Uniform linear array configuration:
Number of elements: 16
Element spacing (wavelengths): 0.25
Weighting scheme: cosine
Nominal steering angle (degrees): -30
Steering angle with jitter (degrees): -28.269
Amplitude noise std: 0.05
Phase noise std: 0.05

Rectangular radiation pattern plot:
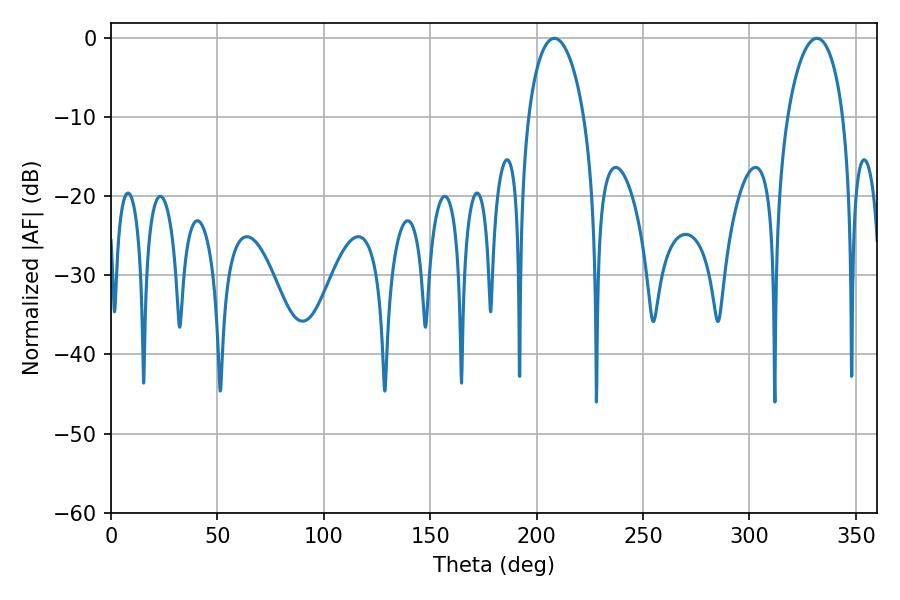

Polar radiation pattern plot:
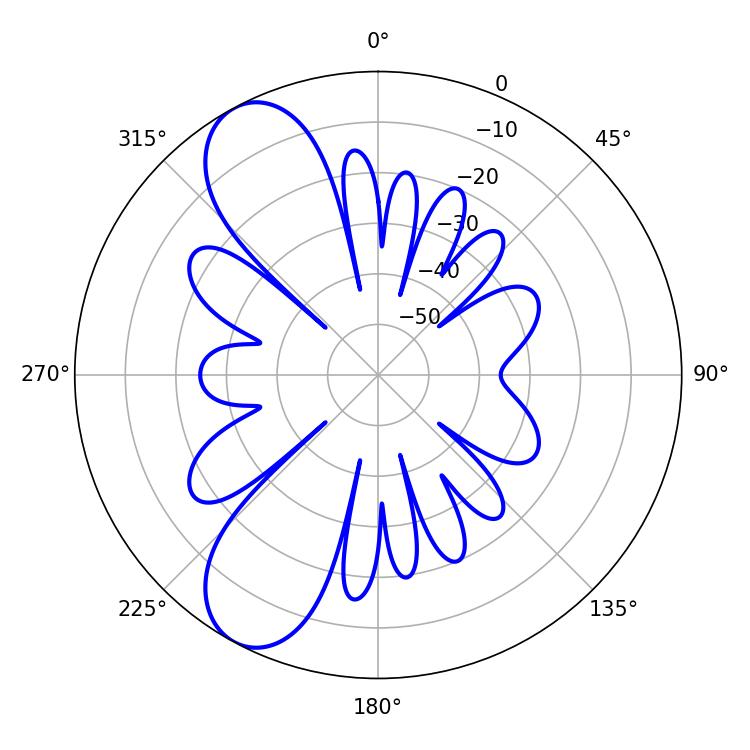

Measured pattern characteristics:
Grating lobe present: FALSE
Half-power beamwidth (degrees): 15.12
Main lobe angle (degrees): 208.26